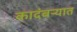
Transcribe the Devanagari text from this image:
कादंबऱ्यात